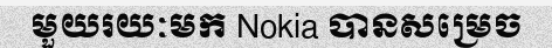
មួយរយៈមក Nokia បានសម្រេច